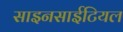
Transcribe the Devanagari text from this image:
साइनसाईटियल